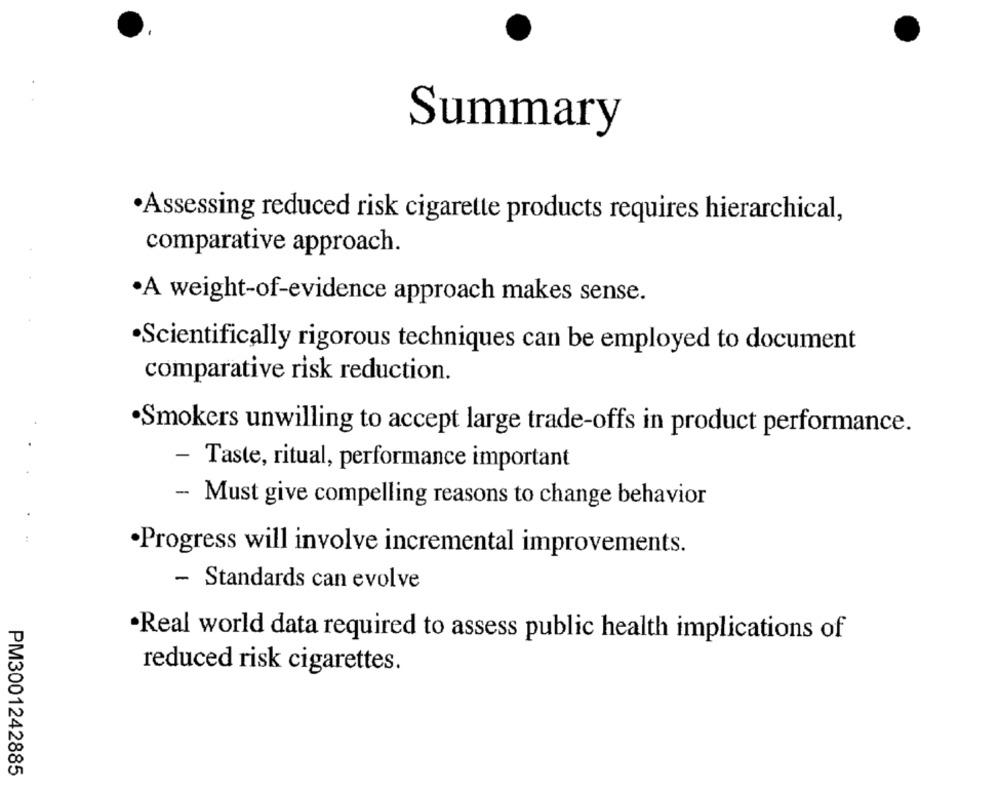
Summary
·Assessing reduced risk cigarette products requires hierarchical,
comparative approach.
·A weight-of-evidence approach makes sense.
·Scientifically rigorous techniques can be employed to document
comparative risk reduction.
·Smokers unwilling to accept large trade-offs in product performance.
-
Taste, ritual, performance important
- Must give compelling reasons to change behavior
·Progress will involve incremental improvements.
Standards can evolve
·Real world data required to assess public health implications of
reduced risk cigarettes.
PM3001242885